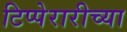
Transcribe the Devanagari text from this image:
टिप्पेरारीच्या